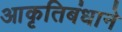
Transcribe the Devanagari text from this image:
आकृतिबंधाने